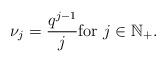
LaTeX: \begin{align*}\nu_j = \frac{q^{j-1} }{j} \mbox{for } j \in \mathbb{N}_{+}.\end{align*}